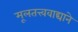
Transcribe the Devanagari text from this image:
मूलतत्त्ववाद्याने